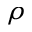
\rho